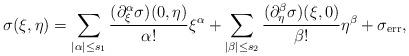
LaTeX: \begin{align*}\sigma(\xi, \eta) = \sum_{|\alpha|\le s_1} \frac {(\partial^{\alpha}_\xi \sigma) (0,\eta)}{\alpha !} \xi^{\alpha} + \sum_{|\beta|\le s_2} \frac{ (\partial_{\eta}^{\beta} \sigma)(\xi,0) } {\beta!} \eta^{\beta} +\sigma_{\operatorname{err}} ,\end{align*}